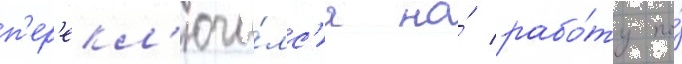
п'ер'екл'ючи́лс'я на́ рабо́ту по́